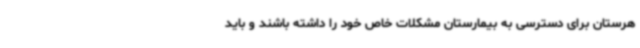
هرستان برای دسترسی به بیمارستان مشکلات خاص خود را داشته باشند و باید